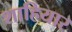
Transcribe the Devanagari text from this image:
शाहियार